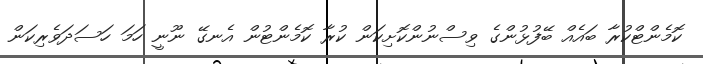
ކޮމެންޓްކުރާ ބައެއް ބޭފުޅުންގެ ވިސްނުންކޮށިކަން ކުރާ ކޮމެންޓުން އެނގޭ ނޫނީ ހަމަ ހަސަދަވެރިކަން